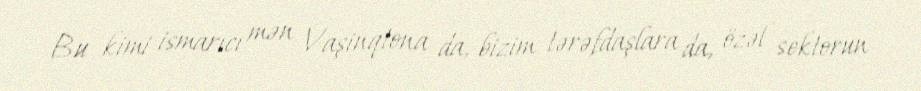
Bu kimi ismarıcı mən Vaşinqtona da, bizim tərəfdaşlara da, özəl sektorun